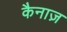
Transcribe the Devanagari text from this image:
कैनाज़